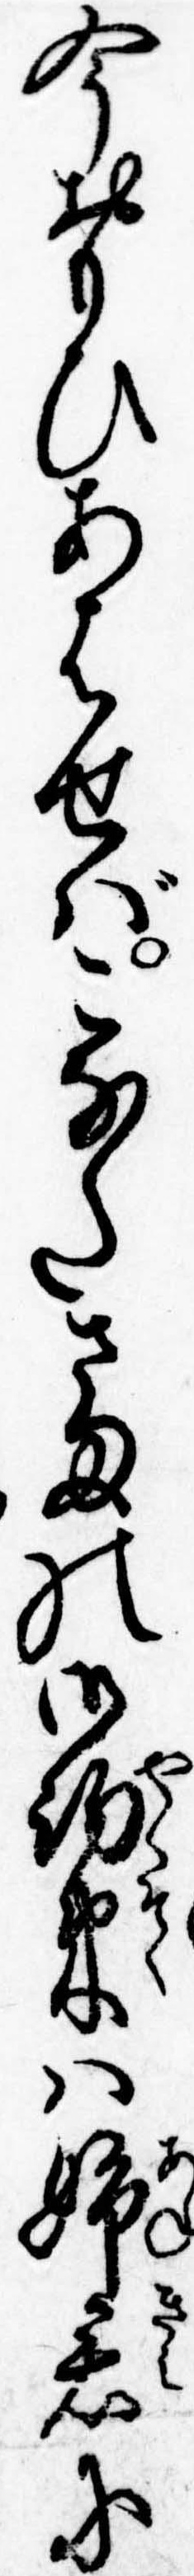
今おもひあはせばこなたさまの御約束は姉君に